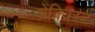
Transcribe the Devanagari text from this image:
ग्रेंक्विस्ट